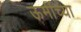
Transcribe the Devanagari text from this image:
ऊमींच्या